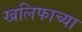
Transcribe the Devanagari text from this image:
खलिफाच्या